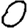
Digit: 0